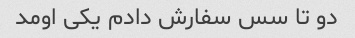
دو تا سس سفارش دادم یکی اومد